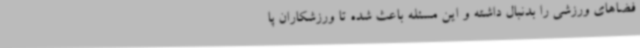
فضاهای ورزشی را بدنبال داشته و این مسئله باعث شده تا ورزشکاران پا